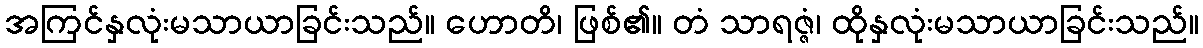
အကြင်နှလုံးမသာယာခြင်းသည်။ ဟောတိ၊ ဖြစ်၏။ တံ သာရဇ္ဇံ၊ ထိုနှလုံးမသာယာခြင်းသည်။